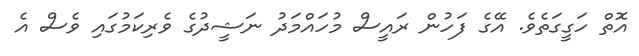
އޮތް ހަގީގަތެވެ. އޭގެ ފަހުން ރައީސް މުހައްމަދު ނަޝީދުގެ ވެރިކަމުގައި ވެސް އެ